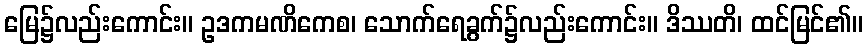
မြေ၌လည်းကောင်း။ ဥဒကမဏိကေစ၊ သောက်ရေခွက်၌လည်းကောင်း။ ဒိဿတိ၊ ထင်မြင်၏။